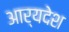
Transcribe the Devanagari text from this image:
आर्यदेश